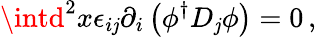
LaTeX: \intd^{2}x\epsilon_{i\mathit{j}}\partial_{i}\left(\phi^{\dagger}D_{\mathit{j}}\phi\right)=0\, ,